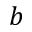
b